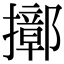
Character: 𢷢